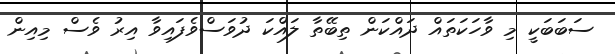
ސަބަބަކީ މި ވާހަކަތައް ދައްކަން ތިބޭތާ ލައްކަ ދުވަސްވެފައިވާ އިރު ވެސް މިއިން